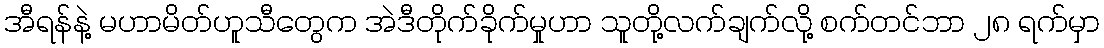
အီရန်နဲ့ မဟာမိတ်ဟူသီတွေက အဲဒီတိုက်ခိုက်မှုဟာ သူတို့လက်ချက်လို့ စက်တင်ဘာ ၂၈ ရက်မှာ